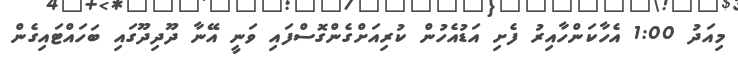
މިއަދު 1:00 އެހާކަންހާއިރު ފެށި އަޑުއެހުން ކުރިއަށްގެންގޮސްފައި ވަނީ އޭނާ ދޫދިދޫގައި ބަހައްޓައިގެން